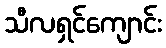
သီလရှင်ကျောင်း